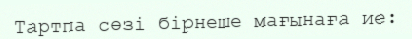
Тартпа сөзі бірнеше мағынаға ие: